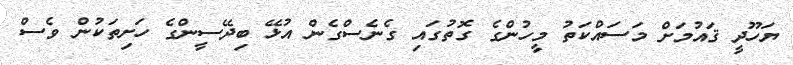
ޔަހޫދީ ޤައުމަށް މަސައްކަތު މީހުންގެ ގޮތުގައި ގެނެސްގެން އުޅޭ ބިދޭސީންގެ ހަށިތަކުން ވެސް